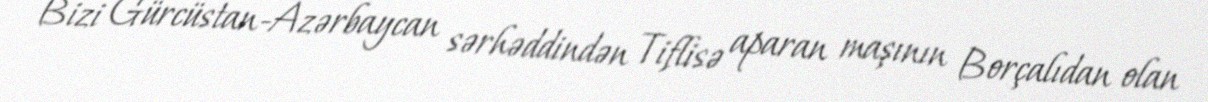
Bizi Gürcüstan-Azərbaycan sərhəddindən Tiflisə aparan maşının Borçalıdan olan